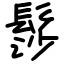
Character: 髿